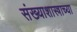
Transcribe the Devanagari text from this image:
संख्याशास्त्राच्या